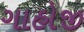
ગાહોજી